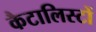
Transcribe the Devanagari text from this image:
कैटालिस्टों